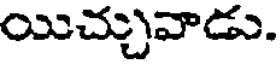
యిచ్చువాడు.